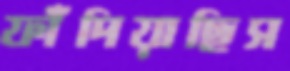
ফাঁদিয়াছিস